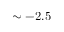
\sim - 2 . 5